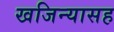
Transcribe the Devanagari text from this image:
खजिन्यासह